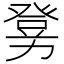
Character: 𤼶